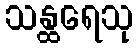
သန္ထရေသု